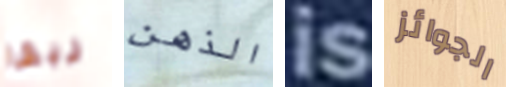
ريفا الذهن is الجوائز